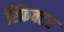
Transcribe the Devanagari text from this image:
रिफ्रैक्टर